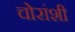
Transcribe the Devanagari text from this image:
चोरांशी